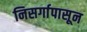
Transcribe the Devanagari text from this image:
निसर्गापासून